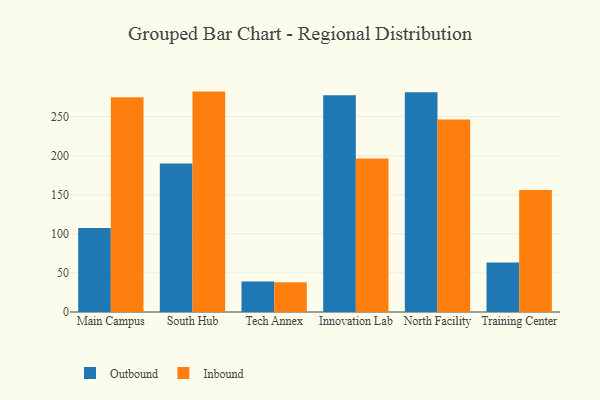
{"axis": {"x": "Campus", "y": "Churn Rate (%)"}, "legend": ["Inbound", "Outbound"], "data": [{"x": "Main Campus", "y": 107.5, "type": "Outbound"}, {"x": "Main Campus", "y": 274.8, "type": "Inbound"}, {"x": "South Hub", "y": 190.0, "type": "Outbound"}, {"x": "South Hub", "y": 282.1, "type": "Inbound"}, {"x": "Tech Annex", "y": 39.0, "type": "Outbound"}, {"x": "Tech Annex", "y": 38.1, "type": "Inbound"}, {"x": "Innovation Lab", "y": 277.3, "type": "Outbound"}, {"x": "Innovation Lab", "y": 196.4, "type": "Inbound"}, {"x": "North Facility", "y": 281.2, "type": "Outbound"}, {"x": "North Facility", "y": 246.5, "type": "Inbound"}, {"x": "Training Center", "y": 63.5, "type": "Outbound"}, {"x": "Training Center", "y": 156.0, "type": "Inbound"}]}